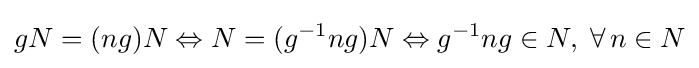
gN=(ng)N\Leftrightarrow N=(g^{-1}ng)N\Leftrightarrow g^{-1}ng\in N,\;\forall \,n\in N